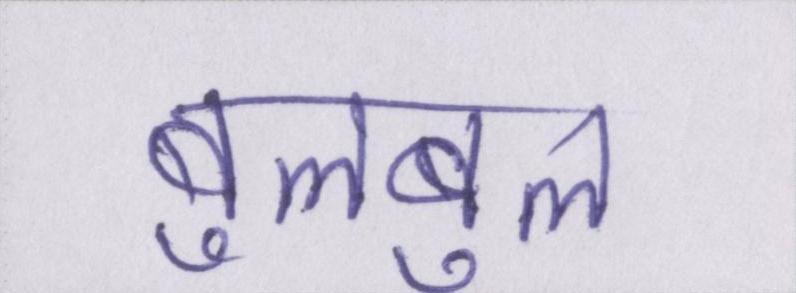
बुलबुल